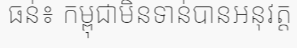
ធន់៖ កម្ពុជាមិនទាន់បានអនុវត្ត